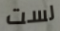
لست